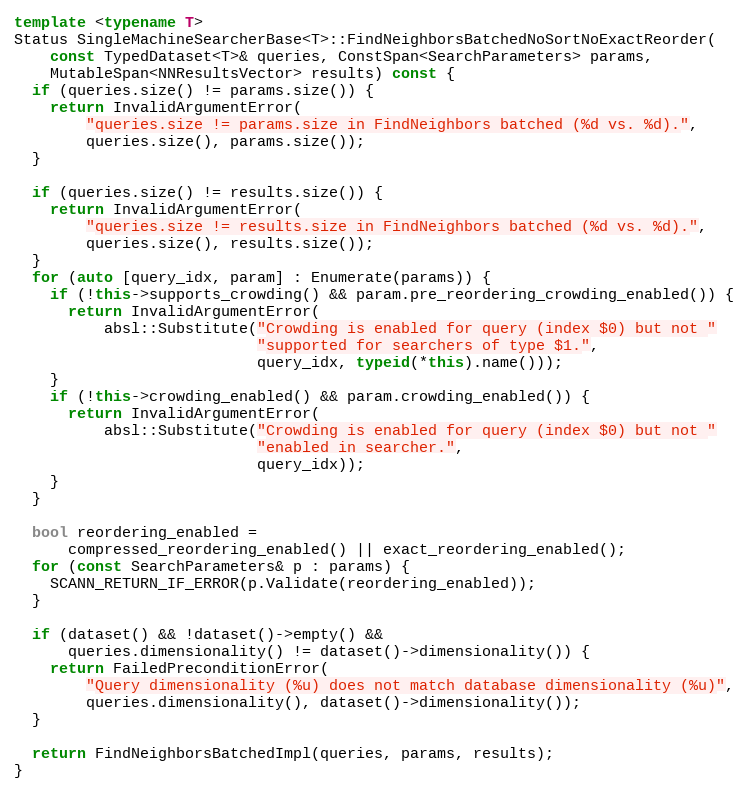
Language: C++
template <typename T>
Status SingleMachineSearcherBase<T>::FindNeighborsBatchedNoSortNoExactReorder(
    const TypedDataset<T>& queries, ConstSpan<SearchParameters> params,
    MutableSpan<NNResultsVector> results) const {
  if (queries.size() != params.size()) {
    return InvalidArgumentError(
        "queries.size != params.size in FindNeighbors batched (%d vs. %d).",
        queries.size(), params.size());
  }

  if (queries.size() != results.size()) {
    return InvalidArgumentError(
        "queries.size != results.size in FindNeighbors batched (%d vs. %d).",
        queries.size(), results.size());
  }
  for (auto [query_idx, param] : Enumerate(params)) {
    if (!this->supports_crowding() && param.pre_reordering_crowding_enabled()) {
      return InvalidArgumentError(
          absl::Substitute("Crowding is enabled for query (index $0) but not "
                           "supported for searchers of type $1.",
                           query_idx, typeid(*this).name()));
    }
    if (!this->crowding_enabled() && param.crowding_enabled()) {
      return InvalidArgumentError(
          absl::Substitute("Crowding is enabled for query (index $0) but not "
                           "enabled in searcher.",
                           query_idx));
    }
  }

  bool reordering_enabled =
      compressed_reordering_enabled() || exact_reordering_enabled();
  for (const SearchParameters& p : params) {
    SCANN_RETURN_IF_ERROR(p.Validate(reordering_enabled));
  }

  if (dataset() && !dataset()->empty() &&
      queries.dimensionality() != dataset()->dimensionality()) {
    return FailedPreconditionError(
        "Query dimensionality (%u) does not match database dimensionality (%u)",
        queries.dimensionality(), dataset()->dimensionality());
  }

  return FindNeighborsBatchedImpl(queries, params, results);
}